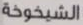
الشيخوخة